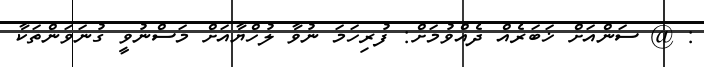
: @ ސަންއަށް ޚަބަރެއް ދެއްވުމަށް: ފުރިހަމަ ނުވާ ލުހްޔާއަށް މަސްނުވީ ގުނަވަންތަކާ